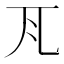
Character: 𭀝